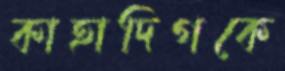
কাহাদিগকে